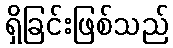
ရှိခြင်းဖြစ်သည်